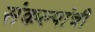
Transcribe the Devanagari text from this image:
संकल्पांची